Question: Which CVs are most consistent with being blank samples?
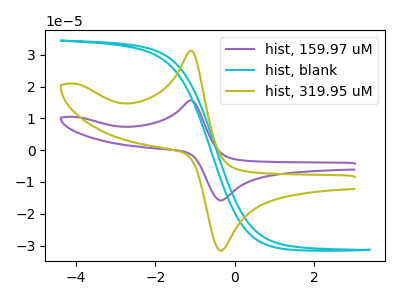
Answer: <think>The purple curve "hist, 159.97 uM" has an anodic peak at (-1.10V, 15.65uA) and a cathodic peak at (-0.30V, -15.80uA). The cyan curve "hist, blank" has no peaks. The olive curve "hist, 319.95 uM" has an anodic peak at (-1.10V, 31.30uA) and a cathodic peak at (-0.30V, -31.60uA).</think>
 <answer>"hist, blank" is likely to be a blank.</answer>
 <eval>hist, blank</eval>